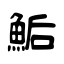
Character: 鮜